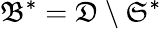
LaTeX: \mathfrak{B}^{\ast}=\mathfrak{D}\setminus\mathfrak{S}^{\ast}